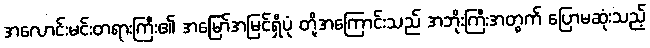
အလောင်းမင်းတရားကြီး၏ အမြော်အမြင်ရှိပုံ တို့အကြောင်းသည် အဘိုးကြီးအတွက် ပြောမဆုံးသည့်